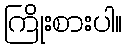
ကြိုးစားပါ။